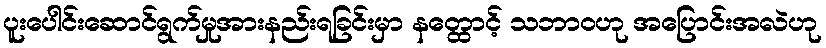
ပူးပေါင်းဆောင်ရွက်မှုအားနည်းရခြင်းမှာ နတ္ထောင့် သဘာဝဟု အပြောင်းအလဲဟု